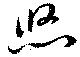
悠